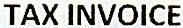
TAX INVOICE